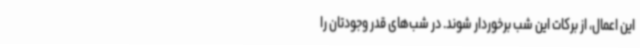
این اعمال، از برکات این شب برخوردار شوند. در شب‌های قدر وجودتان را